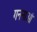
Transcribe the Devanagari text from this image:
गननाओं